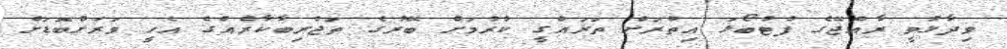
ވިދާޅުވީ ރާއްޖޭގެ ފުޓުބޯޅަ އިތުރަށް ތަރައްގީ ކުރުމަށް ބޭރުގެ ތަޖުރިބާކާރެއްގެ އެހީ ވަރަށްބޮޑަށް